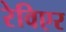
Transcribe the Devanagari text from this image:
रेविएर